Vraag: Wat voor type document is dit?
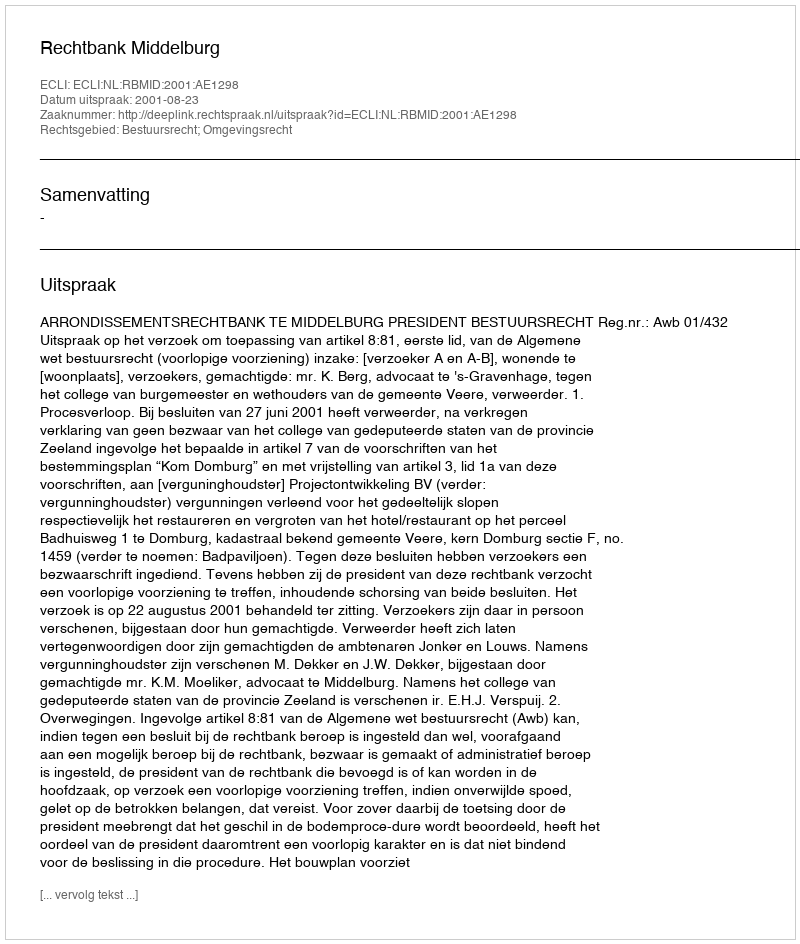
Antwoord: Uitspraak